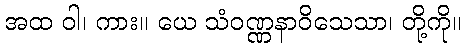
အထ ဝါ၊ ကား။ ယေ သံဝဏ္ဏနာဝိသေသာ၊ တို့ကို။